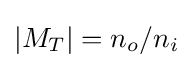
|M_{T}|=n_{o}/n_{i}